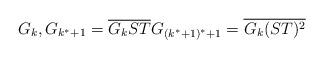
LaTeX: \begin{align*}G_k, G_{k^*+1}=\overline{G_k ST}G_{(k^*+1)^*+1}=\overline{G_k(ST)^2}\end{align*}